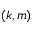
( k , m )